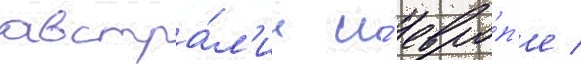
австра́л'ии и́ евро́п'е /